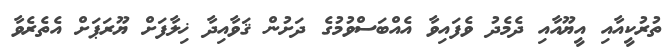
ތުރުކީއާއި އީޔޫއާއި ދެމެދު ވެފައިވާ އެއްބަސްވުމުގެ ދަށުން ޤަވާއިދާ ޚިލާފަށް ޔޫރަޕަށް އެތެރެވާ